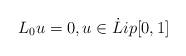
LaTeX: \begin{align*}L_0u=0,u\in \dot Lip [0,1]\end{align*}